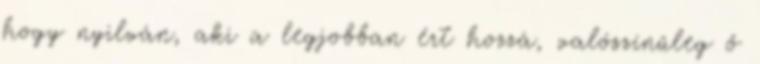
hogy nyilván, aki a legjobban ért hozzá, valószínűleg ő